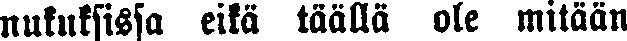
nukuksissa eikä täällä ole mitään